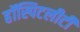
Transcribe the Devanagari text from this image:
हॉस्पिटलीटी